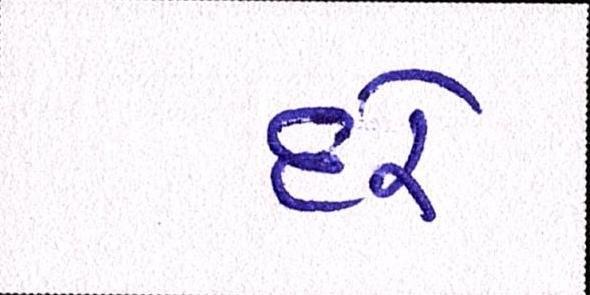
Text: દરે